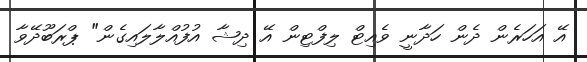
އޭ އަހަރެން ދެން ހަދާނީ ވެއިޓް ލިފްޓިން އޭ ދިޝާ އުފުއްލާލައިގެން" ޕްރަބޫދޭވާ